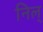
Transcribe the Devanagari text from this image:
निल्